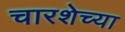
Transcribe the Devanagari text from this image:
चारशेच्या